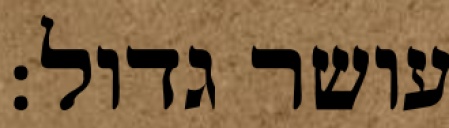
עושר גדול: